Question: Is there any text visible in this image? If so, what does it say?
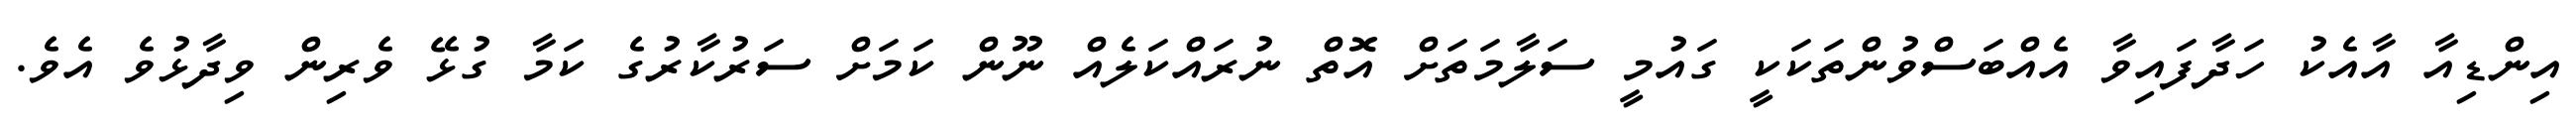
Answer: އިންޑިއާ އާއެކު ހަދާފައިވާ އެއްބަސްވުންތަކަކީ ގައުމީ ސަލާމަތަށް އޮތް ނުރައްކަލެއް ނޫން ކަމަށް ސަރުކާރުގެ ކަމާ ގުޅޭ ވެރިން ވިދާޅުވެ އެވެ.